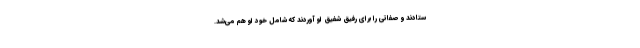
ستادند و صفاتی را برای رفیق شفیق او آوردند که شامل خود او هم می‌شد.